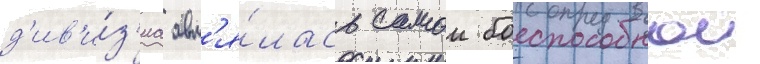
д'ив'и́з'иа явл'я́лась самои боеспособнои